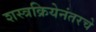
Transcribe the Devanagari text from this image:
शस्त्रक्रियेनंतरचे